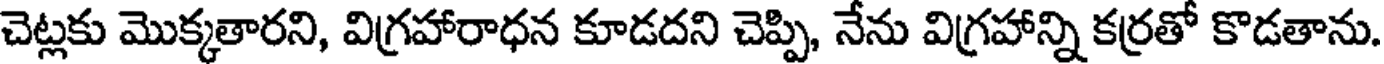
చెట్లకు మొక్కతారని, విగ్రహారాధన కూడదని చెప్పి, నేను విగ్రహాన్ని కర్రతో కొడతాను.